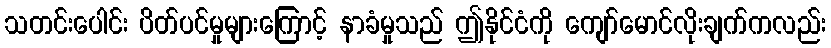
သတင်းပေါင်း ပိတ်ပင်မှုများကြောင့် နာခံမှုသည် ဤနိုင်ငံကို ကျော်မောင်လိုးချက်ကလည်း